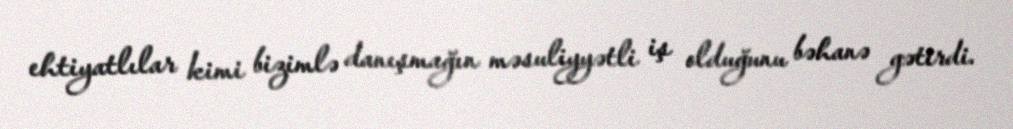
ehtiyatlılar kimi bizimlə danışmağın məsuliyyətli iş olduğunu bəhanə gətirdi.